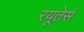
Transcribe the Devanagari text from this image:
रयूतेर्स